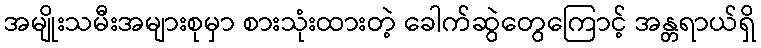
အမျိုးသမီးအများစုမှာ စားသုံးထားတဲ့ ခေါက်ဆွဲတွေကြောင့် အန္တရာယ်ရှိ